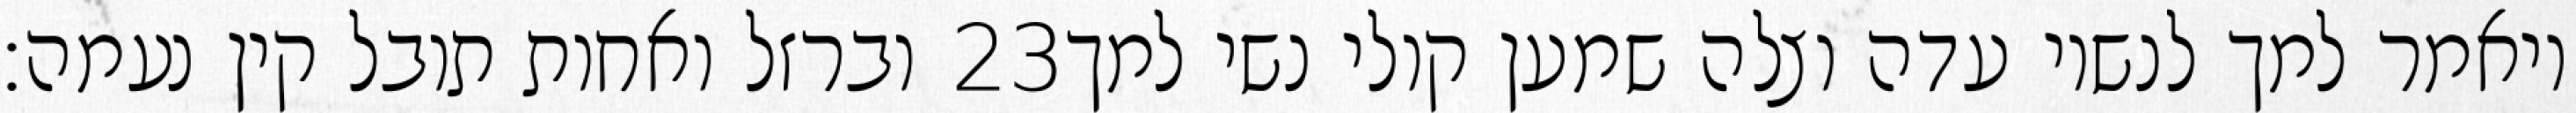
וברזל ואחות תובל קין נעמה׃ ‎23‏ ויאמר למך לנשיו עדה וצלה שמען קולי נשי למך